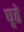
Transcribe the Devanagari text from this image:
घृते